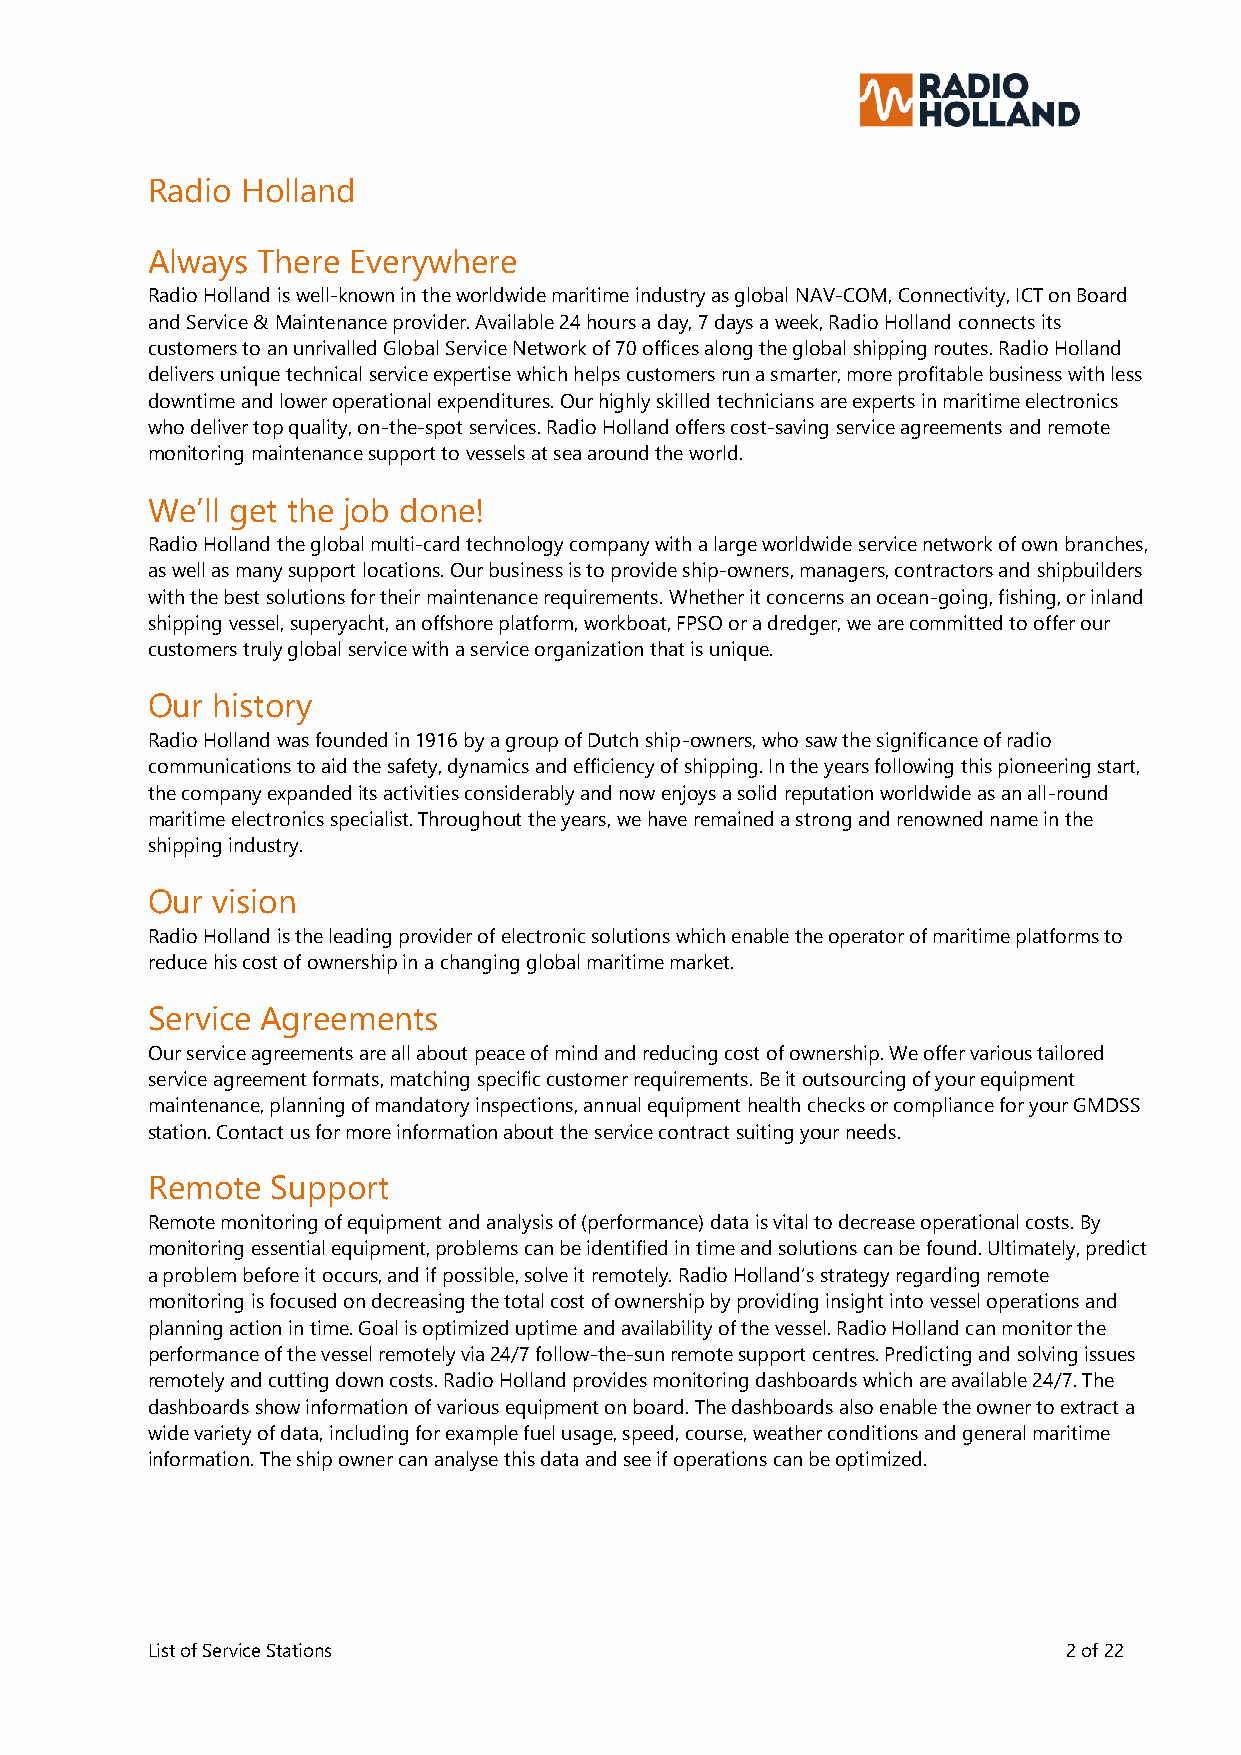
Radio Holland
 Always There Everywhere
 Radio Holland is well-known in the worldwide maritime industry as global NAV-COM, Connectivity, ICT on Board
 and Service & Maintenance provider. Available 24 hours a day, 7 days a week, Radio Holland connects its
 customers to an unrivalled Global Service Network of 70 offices along the global shipping routes. Radio Holland
 delivers unique technical service expertise which helps customers run a smarter, more profitable business with less
 downtime and lower operational expenditures. Our highly skilled technicians are experts in maritime electronics
 who deliver top quality, on-the-spot services. Radio Holland offers cost-saving service agreements and remote
 monitoring maintenance support to vessels at sea around the world.
 We’ll get the job done!
 Radio Holland the global multi-card technology company with a large worldwide service network of own branches,
 as well as many support locations. Our business is to provide ship-owners, managers, contractors and shipbuilders
 with the best solutions for their maintenance requirements. Whether it concerns an ocean-going, fishing, or inland
 shipping vessel, superyacht, an offshore platform, workboat, FPSO or a dredger, we are committed to offer our
 customers truly global service with a service organization that is unique.
 Our history
 Radio Holland was founded in 1916 by a group of Dutch ship-owners, who saw the significance of radio
 communications to aid the safety, dynamics and efficiency of shipping. In the years following this pioneering start,
 the company expanded its activities considerably and now enjoys a solid reputation worldwide as an all-round
 maritime electronics specialist. Throughout the years, we have remained a strong and renowned name in the
 shipping industry.
 Our vision
 Radio Holland is the leading provider of electronic solutions which enable the operator of maritime platforms to
 reduce his cost of ownership in a changing global maritime market.
 Service Agreements
 Our service agreements are all about peace of mind and reducing cost of ownership. We offer various tailored
 service agreement formats, matching specific customer requirements. Be it outsourcing of your equipment
 maintenance, planning of mandatory inspections, annual equipment health checks or compliance for your GMDSS
 station. Contact us for more information about the service contract suiting your needs.
 Remote  Support
 Remote monitoring of equipment and analysis of (performance) data is vital to decrease operational costs. By
 monitoring essential equipment, problems can be identified in time and solutions can be found. Ultimately, predict
 a problem before it occurs, and if possible, solve it remotely. Radio Holland’s strategy regarding remote
 monitoring is focused on decreasing the total cost of ownership by providing insight into vessel operations and
 planning action in time. Goal is optimized uptime and availability of the vessel. Radio Holland can monitor the
 performance of the vessel remotely via 24/7 follow-the-sun remote support centres. Predicting and solving issues
 remotely and cutting down costs. Radio Holland provides monitoring dashboards which are available 24/7. The
 dashboards show information of various equipment on board. The dashboards also enable the owner to extract a
 wide variety of data, including for example fuel usage, speed, course, weather conditions and general maritime
 information. The ship owner can analyse this data and see if operations can be optimized.
 List of Service Stations                                     2 of 22